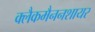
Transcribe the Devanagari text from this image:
क्लैकमैननशायर